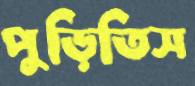
পুড়িতিস